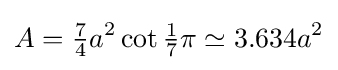
A={\tfrac {7}{4}}a^{2}\cot {\tfrac {1}{7}}\pi \simeq 3.634a^{2}